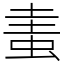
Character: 䖯